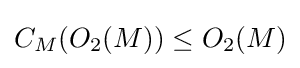
C_{M}(O_{2}(M))\leq O_{2}(M)